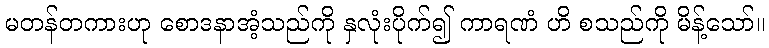
မတန်တကားဟု စောဒနာအံ့သည်ကို နှလုံးပိုက်၍ ကာရဏံ ဟိ စသည်ကို မိန့်သော်။